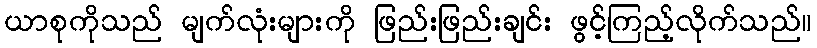
ယာစုကိုသည် မျက်လုံးများကို ဖြည်းဖြည်းချင်း ဖွင့်ကြည့်လိုက်သည်။